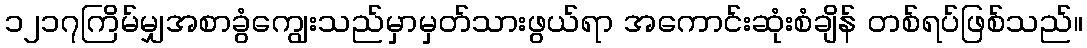
၁၂၁၇ကြိမ်မျှအစာခွံကျွေးသည်မှာမှတ်သားဖွယ်ရာ အကောင်းဆုံးစံချိန် တစ်ရပ်ဖြစ်သည်။